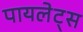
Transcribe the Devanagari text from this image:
पायलेट्स